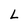
Character: L